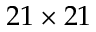
2 1 \times 2 1